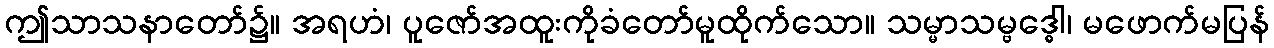
ဤသာသနာတော်၌။ အရဟံ၊ ပူဇော်အထူးကိုခံတော်မူထိုက်သော။ သမ္မာသမ္ဗဒ္ဓေါ၊ မဖောက်မပြန်